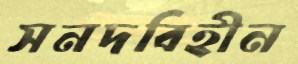
সনদবিহীন